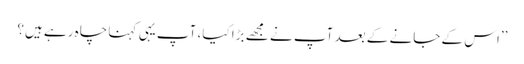
’’اس کے جانے کے بعد آپ نے مجھے بڑا کیا، آپ یہی کہنا چاہ رہے ہیں؟